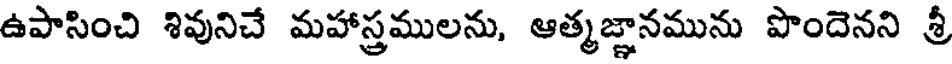
ఉపాసించి శివునిచే మహాస్త్రములను, ఆత్మజ్ఞానమును పొందెనని శ్రీ